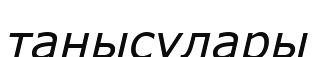
танысулары